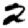
Digit: 2